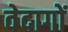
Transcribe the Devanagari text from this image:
वेदागों